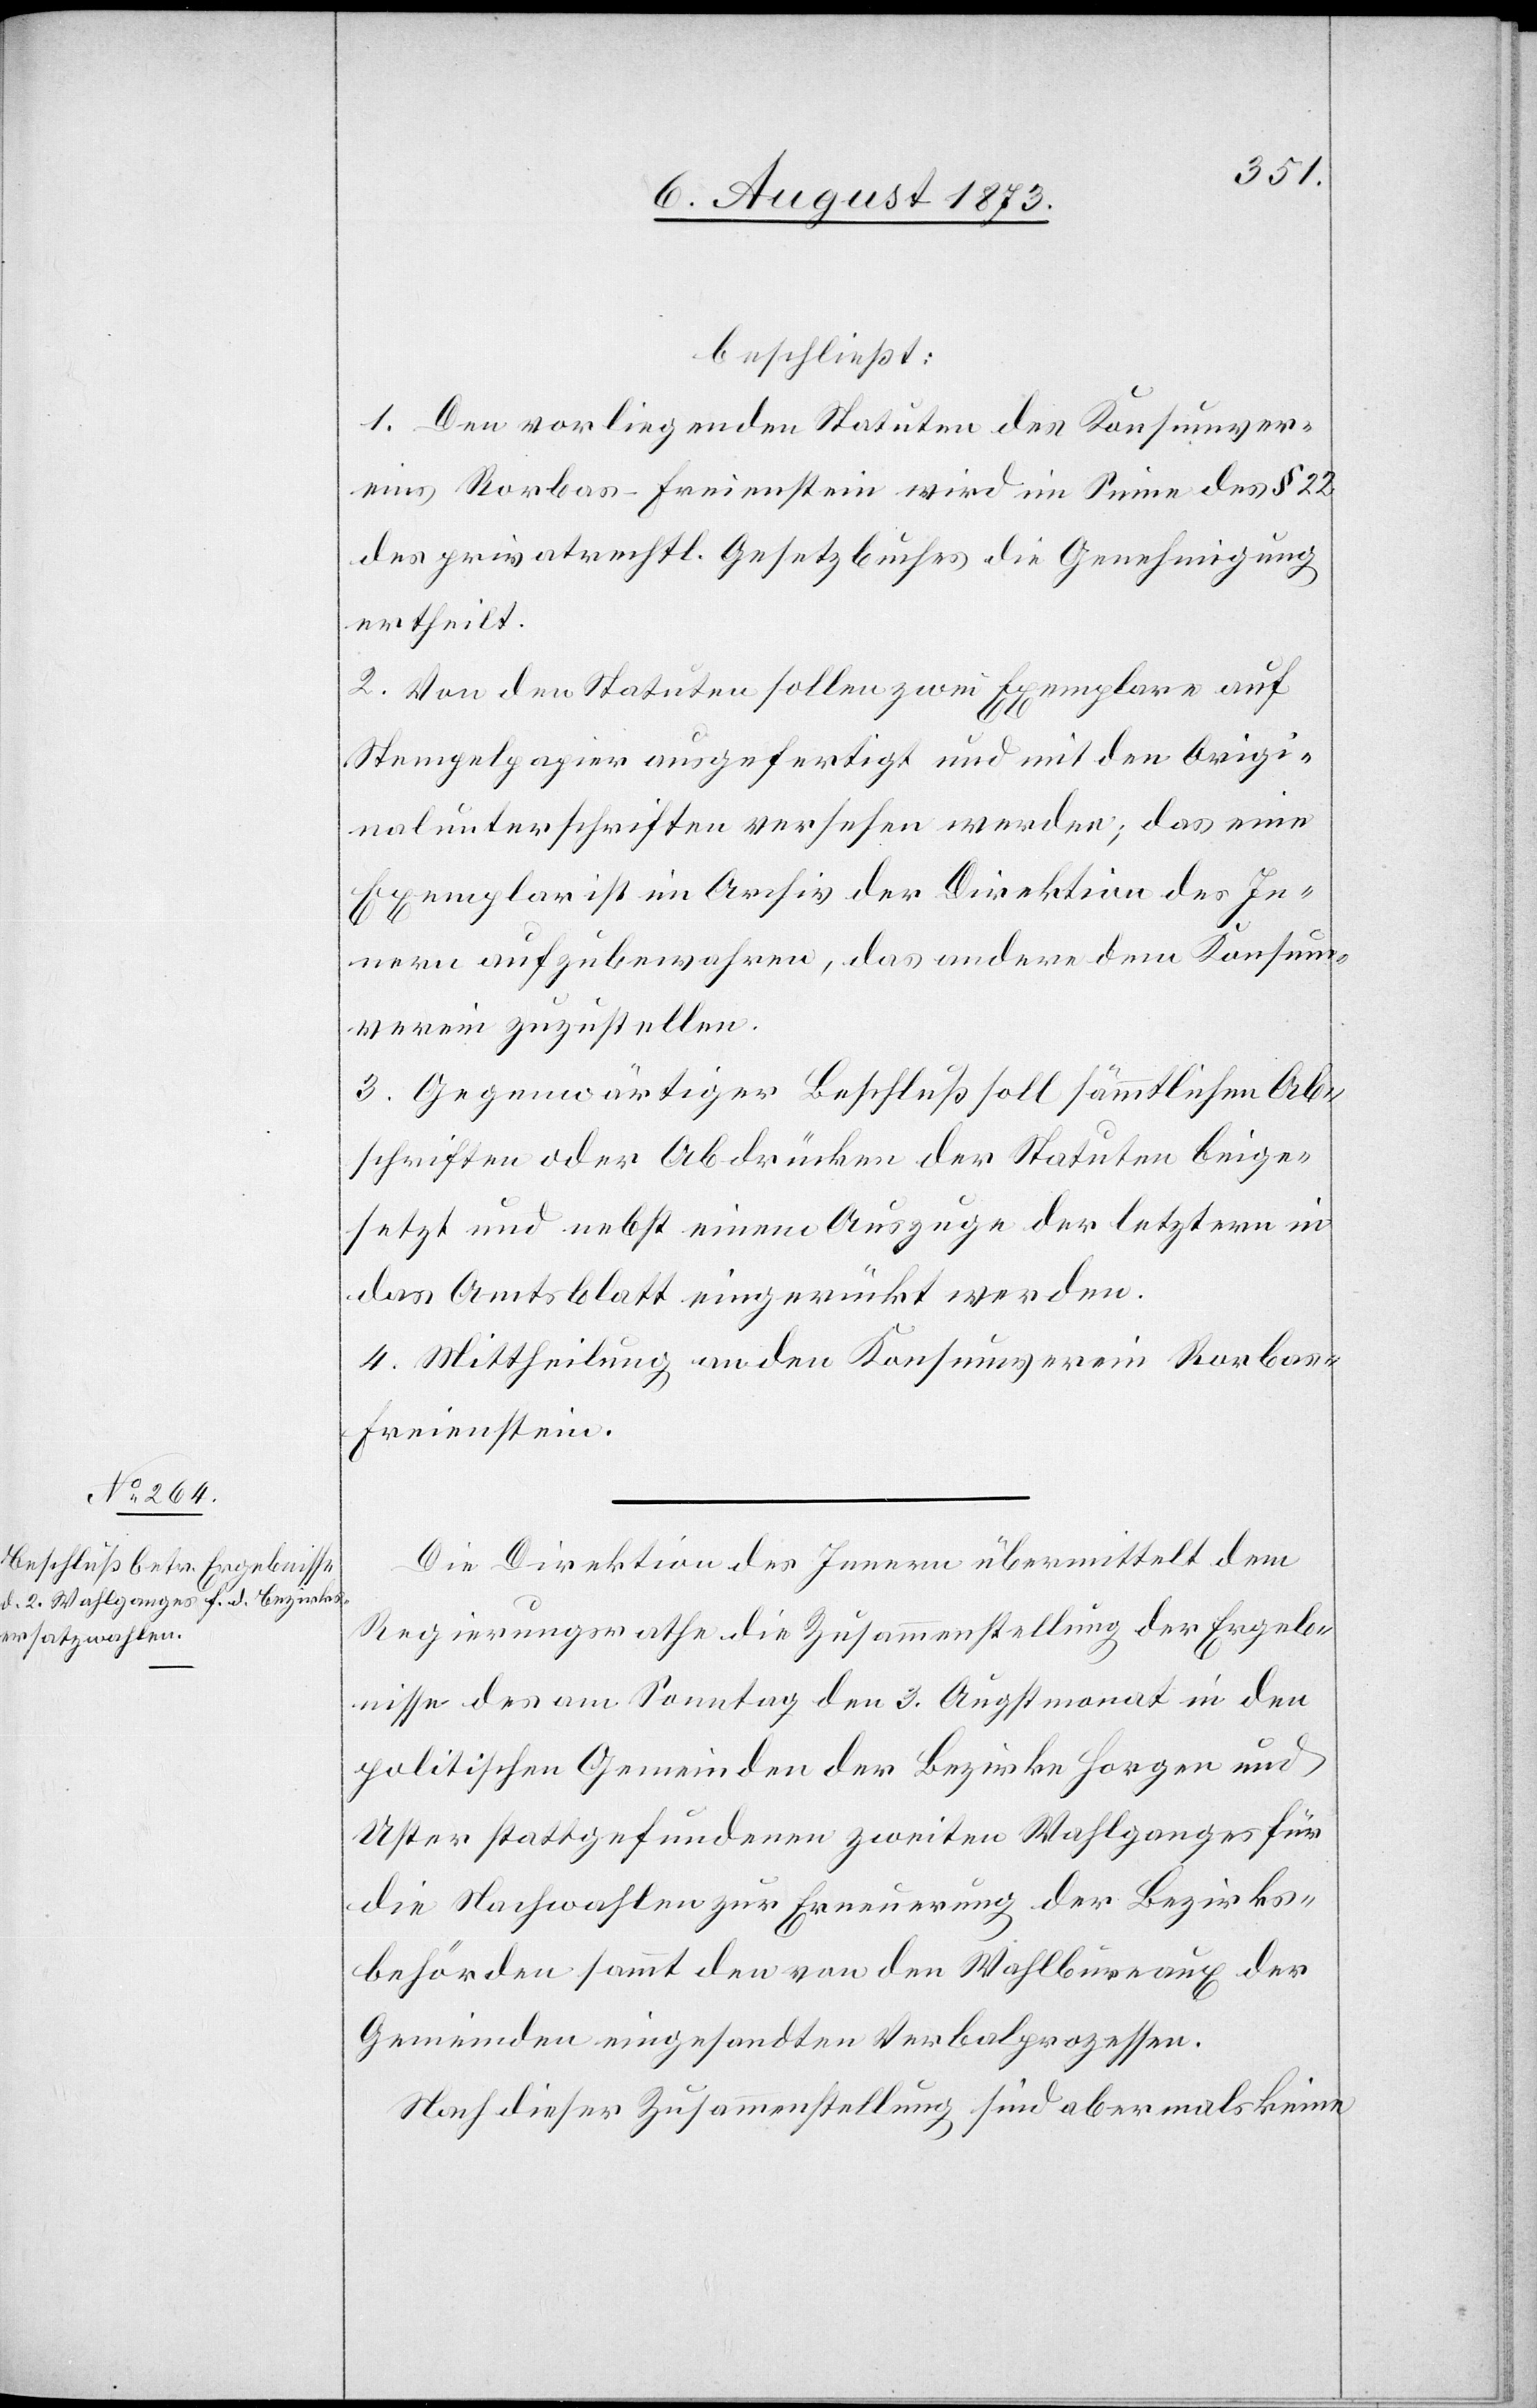
beschließt:
1. Den vorliegenden Statuten des Konsumver¬
eins Rorbas-Freienstein wird im Sinne des § 22
des privatrechtl. Gesetzbuches die Genehmigung
ertheilt.
2. Von den Statuten sollen zwei Exemplare auf
Stempelpapier ausgefertigt und mit den Origi¬
nalunterschriften versehen werden; das eine
Exemplar ist im Archiv der Direktion des In¬
nern aufzubewahren, das andere dem Konsum¬
verein zuzustellen.
3. Gegenwärtiger Beschluß soll sämmtlichen Ab¬
schriften oder Abdrücken der Statuten beige¬
setzt und nebst einem Auszuge der letztern in
das Amtsblatt eingerückt werden.
4. Mittheilung an den Konsumverein Rorba¬
s-Freienstein.
Die Direktion des Innern übermittelt dem
Regierungsrathe die Zusammenstellung der Ergeb¬
nisse des am Sonntag den 3. Augstmonat in den
politischen Gemeinden der Bezirke Horgen und
Uster stattgefundenen zweiten Wahlganges für
die Nachwahlen zur Erneuerung der Bezirks¬
behörden sammt den von den Wahlbureaux der
Gemeinden eingesandten Verbalprozessen.
Nach dieser Zusammenstellung sind abermals keine